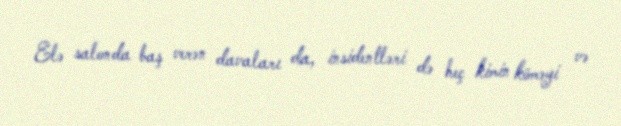
Elə salonda baş verən davaları da, insidentləri də heç kimin köməyi və